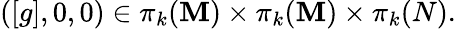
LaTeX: ([g],0,0)\in\pi_{k}(\mathbf{M})\times\pi_{k}(\mathbf{M})\times\pi_{k}(N).